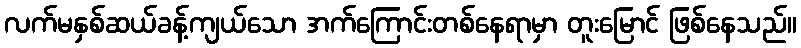
လက်မနှစ်ဆယ်ခန့်ကျယ်သော အက်ကြောင်းတစ်နေရာမှာ တူးမြောင် ဖြစ်နေသည်။